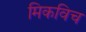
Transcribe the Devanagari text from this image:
मिकविच